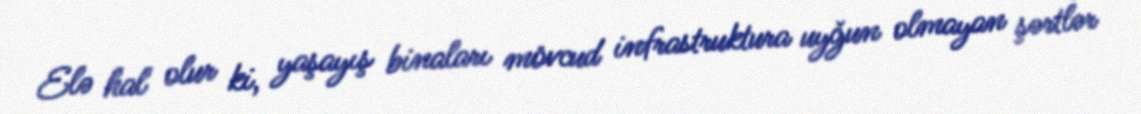
Elə hal olur ki, yaşayış binaları mövcud infrastruktura uyğun olmayan şərtlər